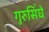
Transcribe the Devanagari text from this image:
गुरुसिंघे